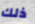
ذلك